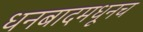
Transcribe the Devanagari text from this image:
धनबादमधूनच